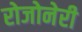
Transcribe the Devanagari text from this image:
रोजोनेरी